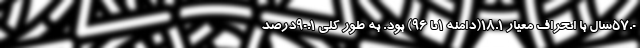
۵۷.۰سال با انحراف معیار ۱۸.۱(دامنه ۱تا ۹۶) بود. به‌ طور کلی ۹۰.۱درصد